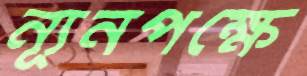
ন্যূনপক্ষে